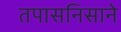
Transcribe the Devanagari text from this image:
तपासनिसाने